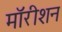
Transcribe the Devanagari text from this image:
मॉरीशन